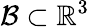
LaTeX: \mathcal{B}\subset\mathbb{R}^{3}